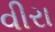
વીરા